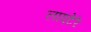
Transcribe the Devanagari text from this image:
लाएटेरे